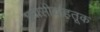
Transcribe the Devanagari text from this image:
प्रवासीवाहतूक